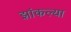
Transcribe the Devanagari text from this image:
झांकल्या